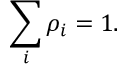
\sum _ { i } \rho _ { i } = 1 .